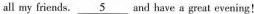
all my friends. \underline{5} and have a great evening!